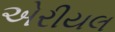
એરીયલ